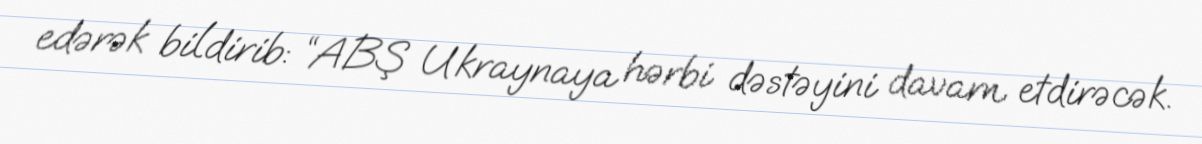
edərək bildirib: “ABŞ Ukraynaya hərbi dəstəyini davam etdirəcək.